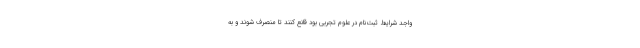
واجد شرایط ثبت‌نام در علوم تجربی بود قانع کنند تا منصرف شوند و به